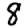
Digit: 8